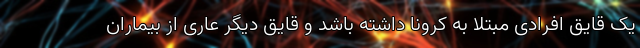
یک قایق افرادی مبتلا به کرونا داشته باشد و قایق دیگر عاری از بیماران